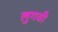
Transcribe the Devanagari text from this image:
लुगवी